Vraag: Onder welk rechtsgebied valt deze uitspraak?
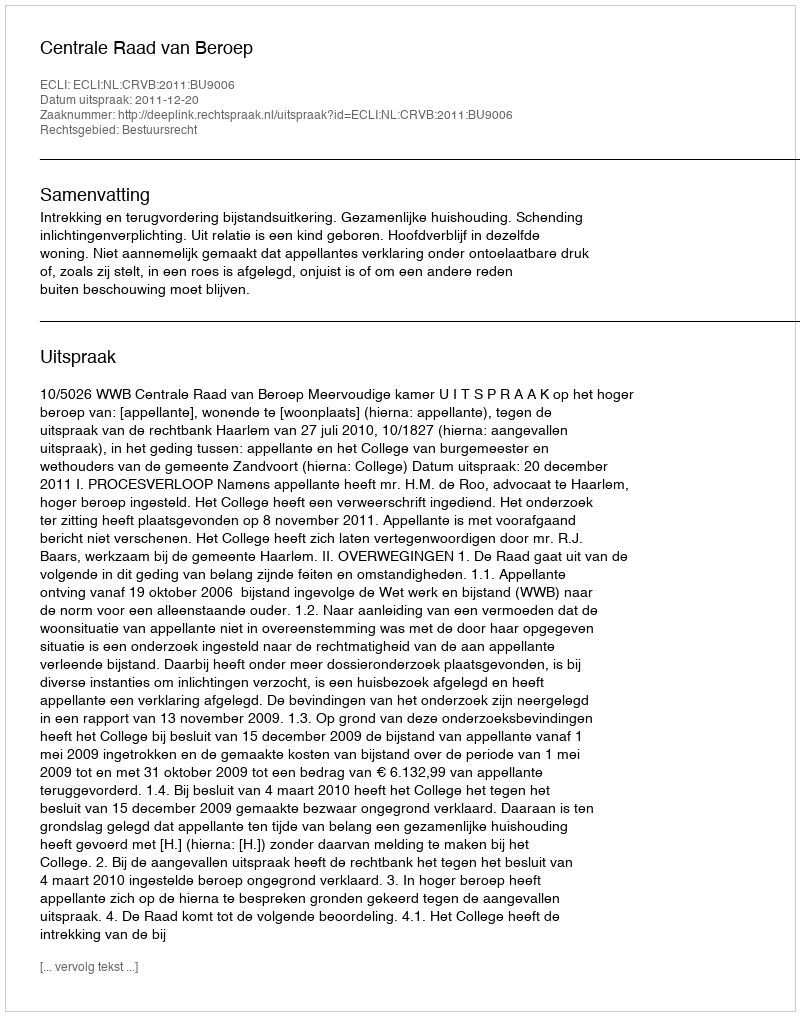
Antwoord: Bestuursrecht